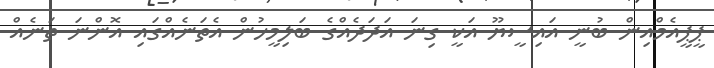
ޕީޕީއެމްއިން ބުނީ އައިސީޔޫ އަކީ ގިނަ އަދަދެއްގެ ބަލިމީހުން އެތަނެއްގައި އޮންނަ ތަނެއް